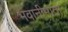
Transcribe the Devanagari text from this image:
भवानीमाता